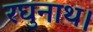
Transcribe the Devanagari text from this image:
रघुनाथ।